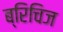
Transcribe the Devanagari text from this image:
ब्रिचिज